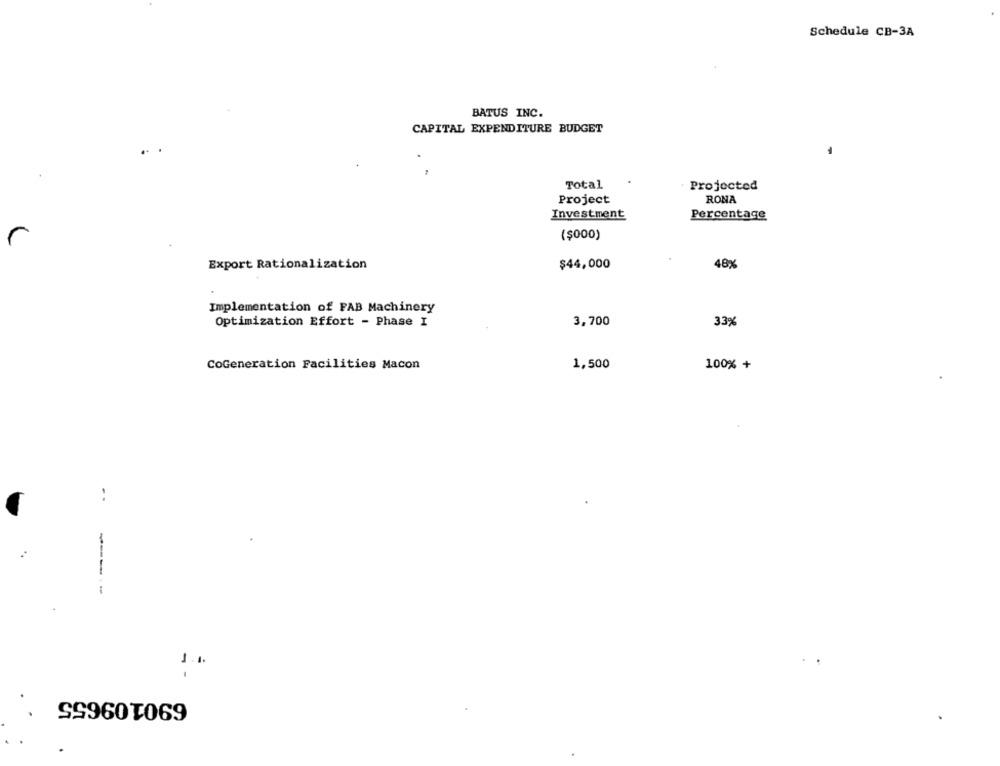
Schedule CB-3A
BATUS INC.
CAPITAL EXPENDITURE BUDGET
Total
Projected
Project
RONA
Investment
Percentage
($000)
Export Rationalization
$44,000
48%
Implementation of FAB Machinery
Optimization Effort - Phase I
3,700
33%
CoGeneration Facilities Macon
1,500
100% +
---
1.1.
690109655